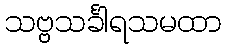
သဗ္ဗသင်္ခါရသမထာ